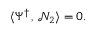
\langle \Psi ^ { \dagger } \, , \, \mathcal { N } _ { 2 } \rangle = 0 .